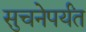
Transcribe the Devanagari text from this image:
सुचनेपर्यंत